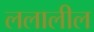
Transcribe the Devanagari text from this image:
ललालील